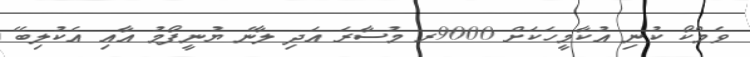
ވެމްކޯ ކުނި އުކާމީހަކަށް 9000ރ މުސާރަ އަދި ލާނެ ޔުނީފޯމު އާއި އެކުލިބޭ